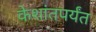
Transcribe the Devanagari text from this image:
केशांतपर्यंत